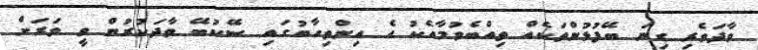
ވާދަވެރި ގިނަ ބޭފުޅުންތަކެއް ތިއްބެވުމާއެކު އެ އިންތިހާބުގައި ސޭކުބޭ ވާދަކުރުން ވީ ވަރަށް